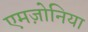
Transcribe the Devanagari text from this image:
एमज़ोनिया